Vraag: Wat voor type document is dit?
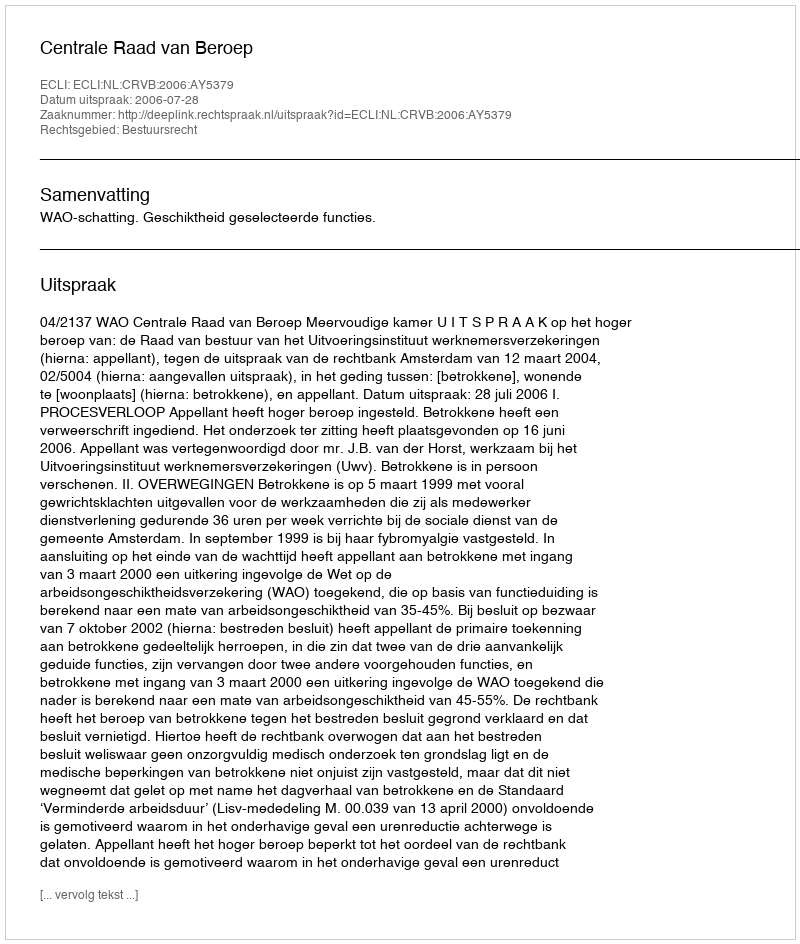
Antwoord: Uitspraak